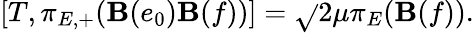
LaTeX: [T,\pi_{E,+}(\mathbf{B}(e_{0})\mathbf{B}(f))]=\sqrt{}{{2}}\mu\pi_{E}(\mathbf{B}(f)).